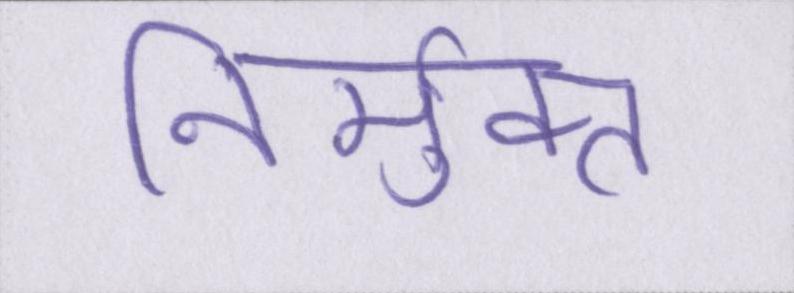
निर्मुक्त